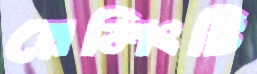
রেলিংটি